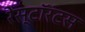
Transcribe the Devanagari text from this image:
रेस्टॉरंटस